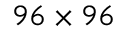
9 6 \times 9 6